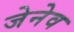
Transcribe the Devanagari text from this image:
जेनेव